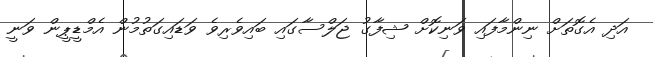
އަދި އެގޮތަށް ނިންމާފައި ވަނިކޮށް ޝިފާގު ޖަލްސާގައި ބައިވެރިވެ ވަޑައިގަތުމުން އެމްޑީޕީން ވަނީ